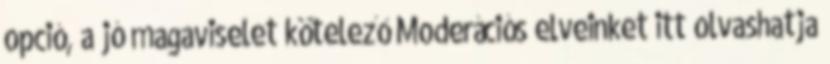
opció, a jó magaviselet kötelező Moderációs elveinket itt olvashatja